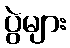
ပွဲများ